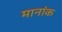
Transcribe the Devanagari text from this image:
मानांक